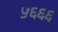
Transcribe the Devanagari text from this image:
५६६६